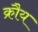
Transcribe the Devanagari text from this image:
क्रौय